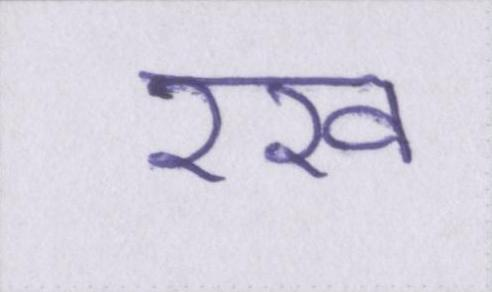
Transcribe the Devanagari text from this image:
रख